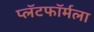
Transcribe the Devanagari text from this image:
प्लॅटफॉर्मला